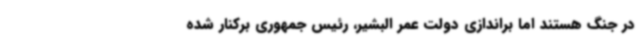
در جنگ هستند اما براندازی دولت عمر البشیر، رئیس جمهوری برکنار شده